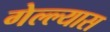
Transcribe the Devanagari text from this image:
गेल्ल्यास